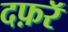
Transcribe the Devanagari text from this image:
दफ़रॅ